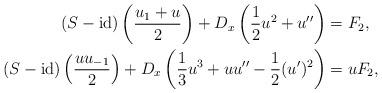
LaTeX: \begin{align*}\begin{aligned}(S-\operatorname{id})\left(\frac{u_1+u}{2}\right)+D_x\left(\frac{1}{2}u^2+u''\right)&=F_2,\\(S-\operatorname{id})\left(\frac{uu_{-1}}{2}\right)+D_x\left(\frac{1}{3}u^3+uu''-\frac{1}{2}(u')^2\right)&=uF_2,\\\end{aligned}\end{align*}